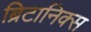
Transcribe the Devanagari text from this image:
ब्रिटानिक्स